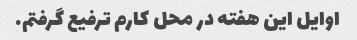
اوایل این هفته در محل کارم ترفیع گرفتم.